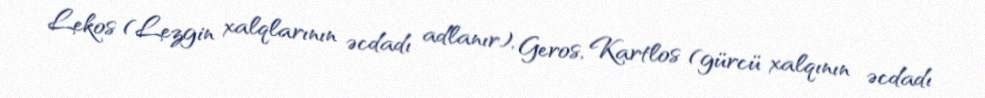
Lekos (Lezgin xalqlarının əcdadı adlanır), Geros, Kartlos (gürcü xalqının əcdadı